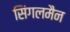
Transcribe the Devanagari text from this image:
सिंगलमैन